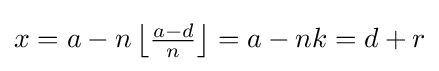
{\textstyle x=a-n\left\lfloor {\frac {a-d}{n}}\right\rfloor =a-nk=d+r}